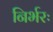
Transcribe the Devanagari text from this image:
निर्भरः